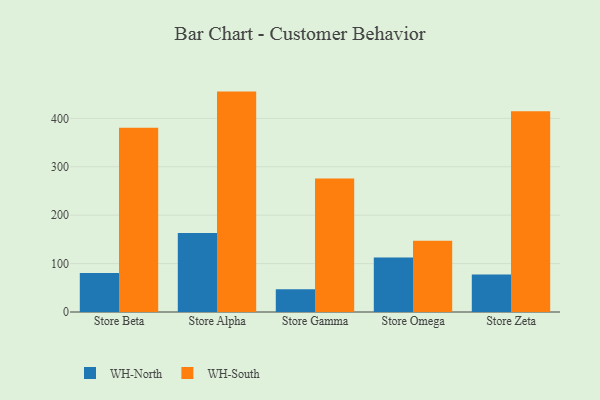
{"axis": {"x": "Store", "y": "Active Users"}, "legend": ["WH-North", "WH-South"], "data": [{"x": "Store Beta", "y": 80.7, "type": "WH-North"}, {"x": "Store Beta", "y": 380.5, "type": "WH-South"}, {"x": "Store Alpha", "y": 163.3, "type": "WH-North"}, {"x": "Store Alpha", "y": 455.3, "type": "WH-South"}, {"x": "Store Gamma", "y": 46.8, "type": "WH-North"}, {"x": "Store Gamma", "y": 275.9, "type": "WH-South"}, {"x": "Store Omega", "y": 112.5, "type": "WH-North"}, {"x": "Store Omega", "y": 147.2, "type": "WH-South"}, {"x": "Store Zeta", "y": 77.5, "type": "WH-North"}, {"x": "Store Zeta", "y": 414.5, "type": "WH-South"}]}